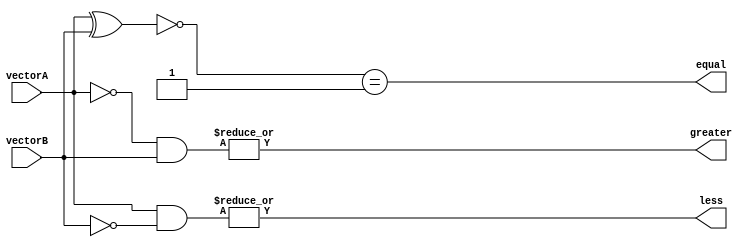
module Comparator (
    input [31:0] vectorA,
    input [31:0] vectorB,
    output equal,
    output greater,
    output less
);

wire [31:0] equalFlags;
wire [31:0] greaterFlags;
wire [31:0] lessFlags;

assign equalFlags = ~(vectorA ^ vectorB);
assign greaterFlags = ((~vectorA) & vectorB);
assign lessFlags = (vectorA & (~vectorB));

assign equal = (equalFlags == 32'd1);
assign greater = |greaterFlags;
assign less = |lessFlags;

endmodule